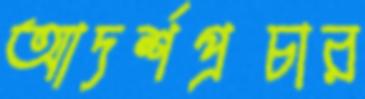
আদর্শপ্রচার